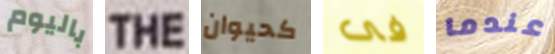
باليوم THE كحيوان فى عندما